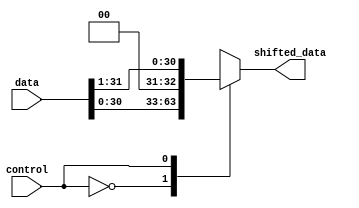
module single_bit_shift(
  input [31:0] data,
  input control,  
  output reg [31:0] shifted_data
);

  wire [31:0] temp_shifted_data;
  wire [31:0] temp_shifted_data1;

  // Logical Left Shift (1 bit)
  assign temp_shifted_data = {data[30:0], 1'b0};

  // Logical Right Shift (1 bit)
  assign temp_shifted_data1 = {1'b0, data[31:1]};

  always @*
  begin
    case (control)
      1'b0: shifted_data <= temp_shifted_data;
      1'b1: shifted_data <= temp_shifted_data1;
      default: shifted_data <= 32'bx;
    endcase
  end

endmodule